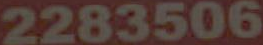
2283506